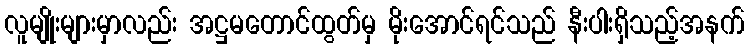
လူမျိုးများမှာလည်း အဋ္ဌမတောင်ထွတ်မှ မိုးအောင်ရင်သည် နီးပါးရှိသည့်အနက်